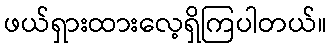
ဖယ်ရှားထားလေ့ရှိကြပါတယ်။